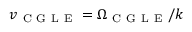
v _ { \mathrm { ~ C ~ G ~ L ~ E ~ } } = \Omega _ { \mathrm { ~ C ~ G ~ L ~ E ~ } } / k